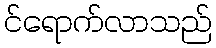
င်ရောက်လာသည်